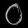
Digit: ၀